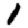
Digit: 1